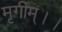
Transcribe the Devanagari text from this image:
मृगीम्।।